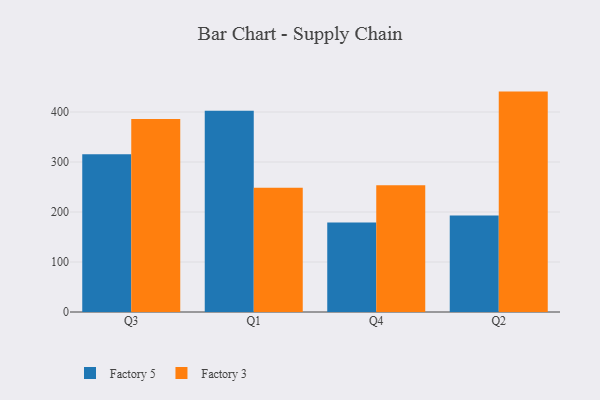
{"axis": {"x": "Quarter", "y": "Headcount"}, "legend": ["Factory 3", "Factory 5"], "data": [{"x": "Q3", "y": 315.7, "type": "Factory 5"}, {"x": "Q3", "y": 385.9, "type": "Factory 3"}, {"x": "Q1", "y": 402.5, "type": "Factory 5"}, {"x": "Q1", "y": 248.7, "type": "Factory 3"}, {"x": "Q4", "y": 179.1, "type": "Factory 5"}, {"x": "Q4", "y": 253.4, "type": "Factory 3"}, {"x": "Q2", "y": 193.1, "type": "Factory 5"}, {"x": "Q2", "y": 440.8, "type": "Factory 3"}]}